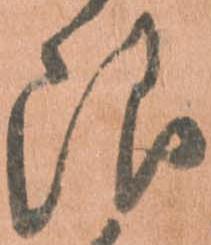
限